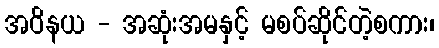
အဝိနယ - အဆုံးအမနှင့် မစပ်ဆိုင်တဲ့စကား၊